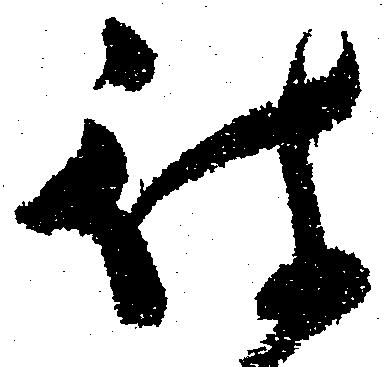
被